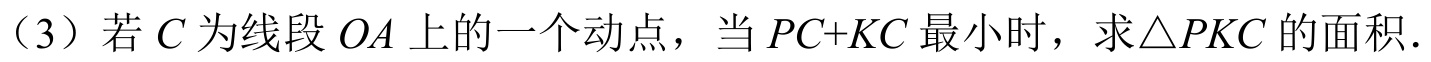
（3）若 \(C\) 为线段 \(OA\) 上的一个动点，当 \(PC + KC\) 最小时，求\(\triangle PKC\) 的面积．